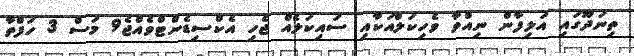
ތިނަދޫގައި އަލިފާން ނިއްވާ ވެހިކަލްއަކާއި ސައިކަލެއް ޖެހި އެކްސިޑެންޓްވެއްޖެ9 މަސް 3 ހަފްތާ